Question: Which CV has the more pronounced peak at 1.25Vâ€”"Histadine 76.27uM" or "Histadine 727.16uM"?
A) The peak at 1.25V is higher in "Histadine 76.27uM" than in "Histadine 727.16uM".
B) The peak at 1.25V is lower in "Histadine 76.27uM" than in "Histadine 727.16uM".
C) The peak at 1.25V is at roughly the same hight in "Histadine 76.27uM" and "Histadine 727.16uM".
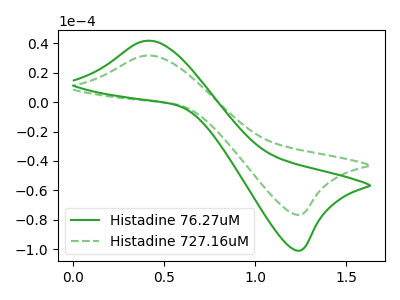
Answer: <think>The green curve "Histadine 76.27uM" has an anodic peak at (0.40V, 41.85uA) and a cathodic peak at (1.25V, -100.95uA). The green dashed curve "Histadine 727.16uM" has an anodic peak at (0.40V, 31.75uA) and a cathodic peak at (1.25V, -76.60uA).</think>
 <answer>A) The peak at 1.25V is higher in "Histadine 76.27uM" than in "Histadine 727.16uM".</answer>
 <eval>A</eval>